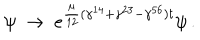
\psi ~ \rightarrow ~ \displaystyle { e ^ { \frac { \mu } { 1 2 } ( \gamma ^ { 1 4 } + \gamma ^ { 2 3 } - \gamma ^ { 5 6 } ) t } \psi \, . }